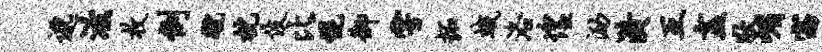
邈滋枚例蹴枕伎比幌御雩拓蛾洛惶泐潢互盍狄嵋窈